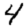
Digit: 4